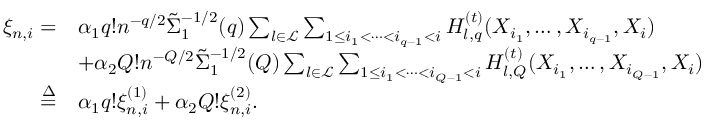
\begin{array} { r l } { \xi _ { n , i } = } & { \alpha _ { 1 } q ! n ^ { - q / 2 } \tilde { \Sigma } _ { 1 } ^ { - 1 / 2 } ( q ) \sum _ { l \in \mathcal { L } } \sum _ { 1 \le i _ { 1 } < \cdots < i _ { q - 1 } < i } H _ { l , q } ^ { ( t ) } ( X _ { i _ { 1 } } , \ldots , X _ { i _ { q - 1 } } , X _ { i } ) } \\ & { + \alpha _ { 2 } Q ! n ^ { - Q / 2 } \tilde { \Sigma } _ { 1 } ^ { - 1 / 2 } ( Q ) \sum _ { l \in \mathcal { L } } \sum _ { 1 \le i _ { 1 } < \cdots < i _ { Q - 1 } < i } H _ { l , Q } ^ { ( t ) } ( X _ { i _ { 1 } } , \ldots , X _ { i _ { Q - 1 } } , X _ { i } ) } \\ { \overset { \Delta } { = } } & { \alpha _ { 1 } q ! \xi _ { n , i } ^ { ( 1 ) } + \alpha _ { 2 } Q ! \xi _ { n , i } ^ { ( 2 ) } . } \end{array}